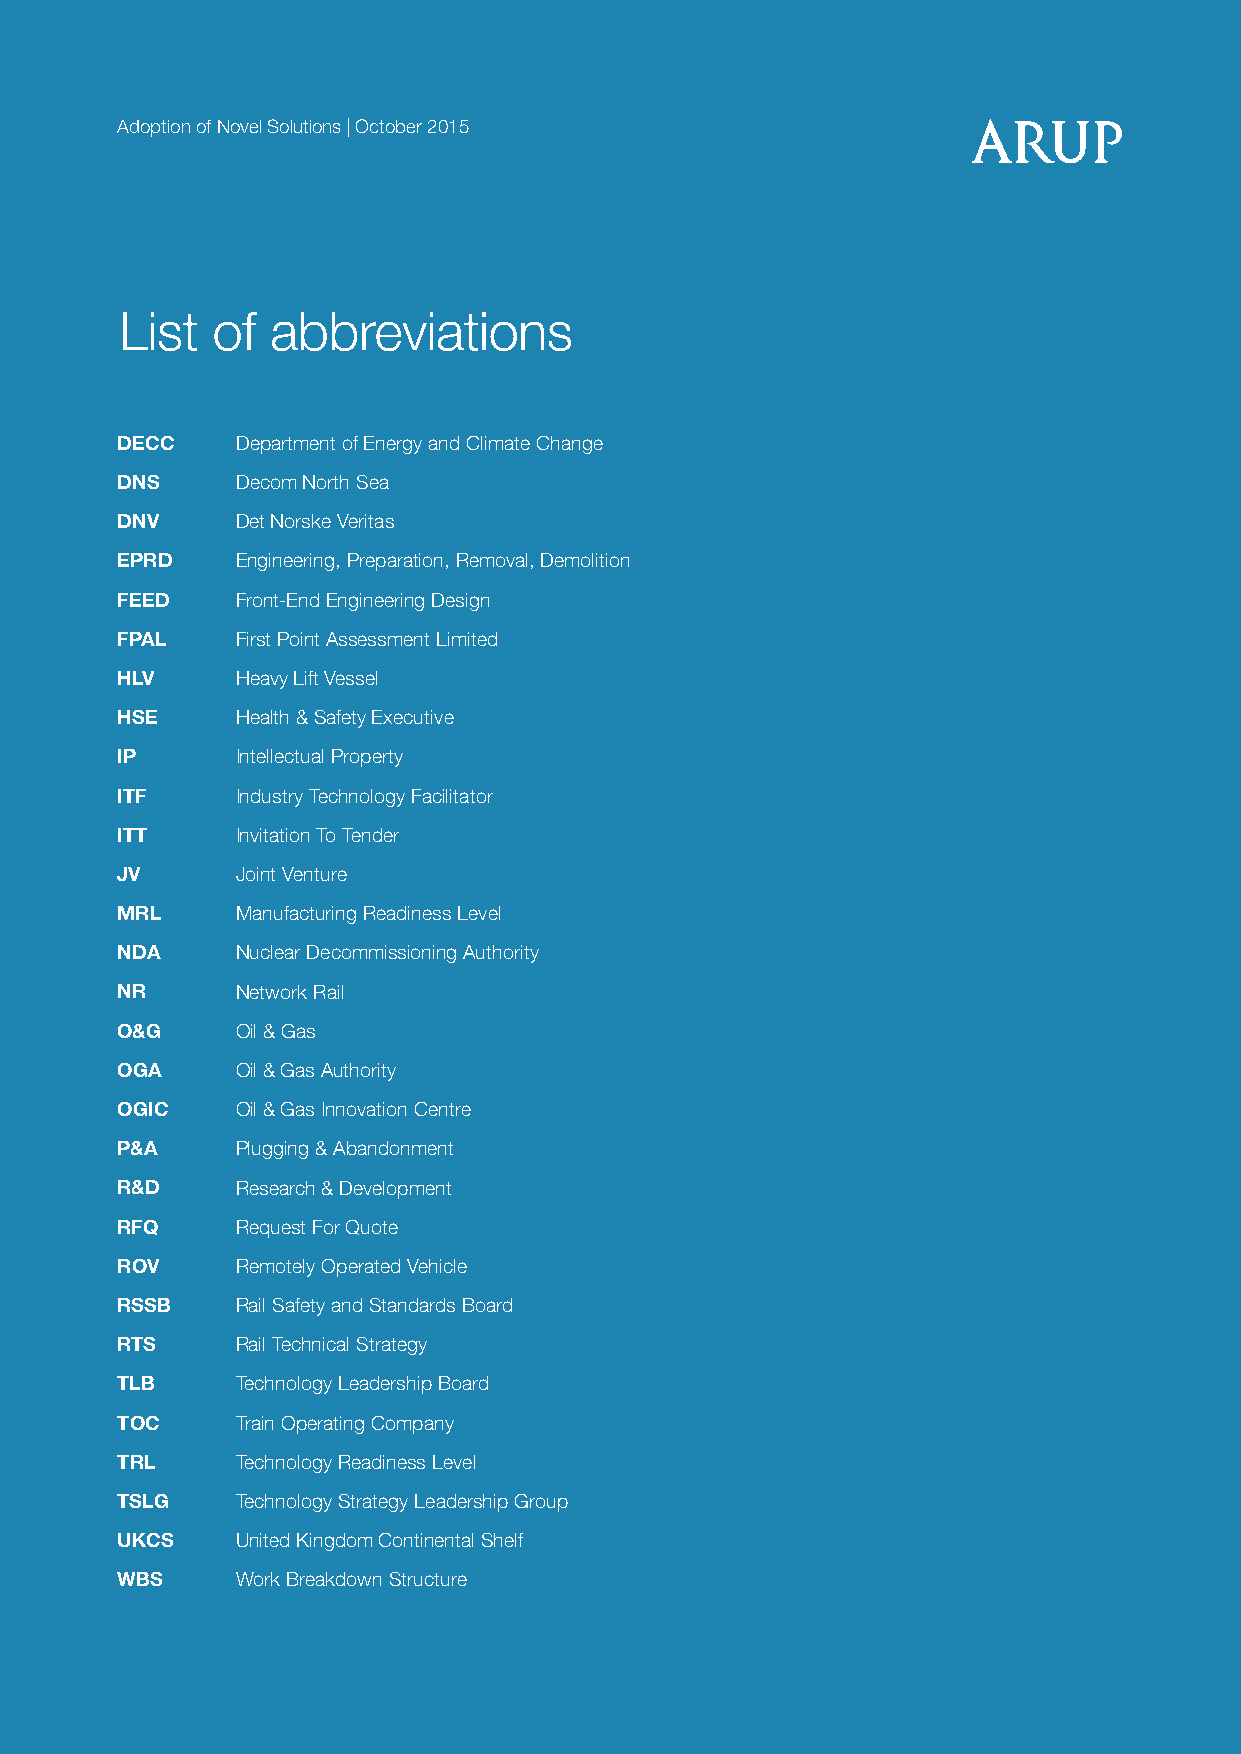
AAddooppttiioonn ooff NNoovveell SSoolluuttiioonnss || OOccttoobbeerr 22001155
 List  of  abbreviations
 DECC    Department of Energy and Climate Change
 DNS     Decom North Sea
 DNV     Det Norske Veritas
 EPRD    Engineering, Preparation, Removal, Demolition
 FEED    Front-End Engineering Design
 FPAL    First Point Assessment Limited
 HLV     Heavy Lift Vessel
 HSE     Health & Safety Executive
 IP      Intellectual Property
 ITF     Industry Technology Facilitator
 ITT     Invitation To Tender
 JV      Joint Venture
 MRL     Manufacturing Readiness Level
 NDA     Nuclear Decommissioning Authority
 NR      Network Rail
 O&G     Oil & Gas
 OGA     Oil & Gas Authority
 OGIC    Oil & Gas Innovation Centre
 P&A     Plugging & Abandonment
 R&D     Research & Development
 RFQ     Request For Quote
 ROV     Remotely Operated Vehicle
 RSSB    Rail Safety and Standards Board
 RTS     Rail Technical Strategy
 TLB     Technology Leadership Board
 TOC     Train Operating Company
 TRL     Technology Readiness Level
 TSLG    Technology Strategy Leadership Group
 UKCS    United Kingdom Continental Shelf
 WBS     Work Breakdown Structure
 2